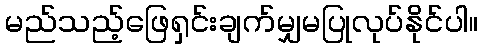
မည်သည့်ဖြေရှင်းချက်မျှမပြုလုပ်နိုင်ပါ။